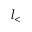
l _ { < }